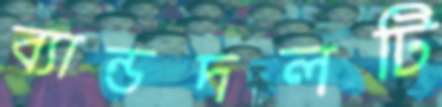
ব্যান্ডদলটি